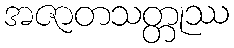
အဇာတသတ္တုဿ